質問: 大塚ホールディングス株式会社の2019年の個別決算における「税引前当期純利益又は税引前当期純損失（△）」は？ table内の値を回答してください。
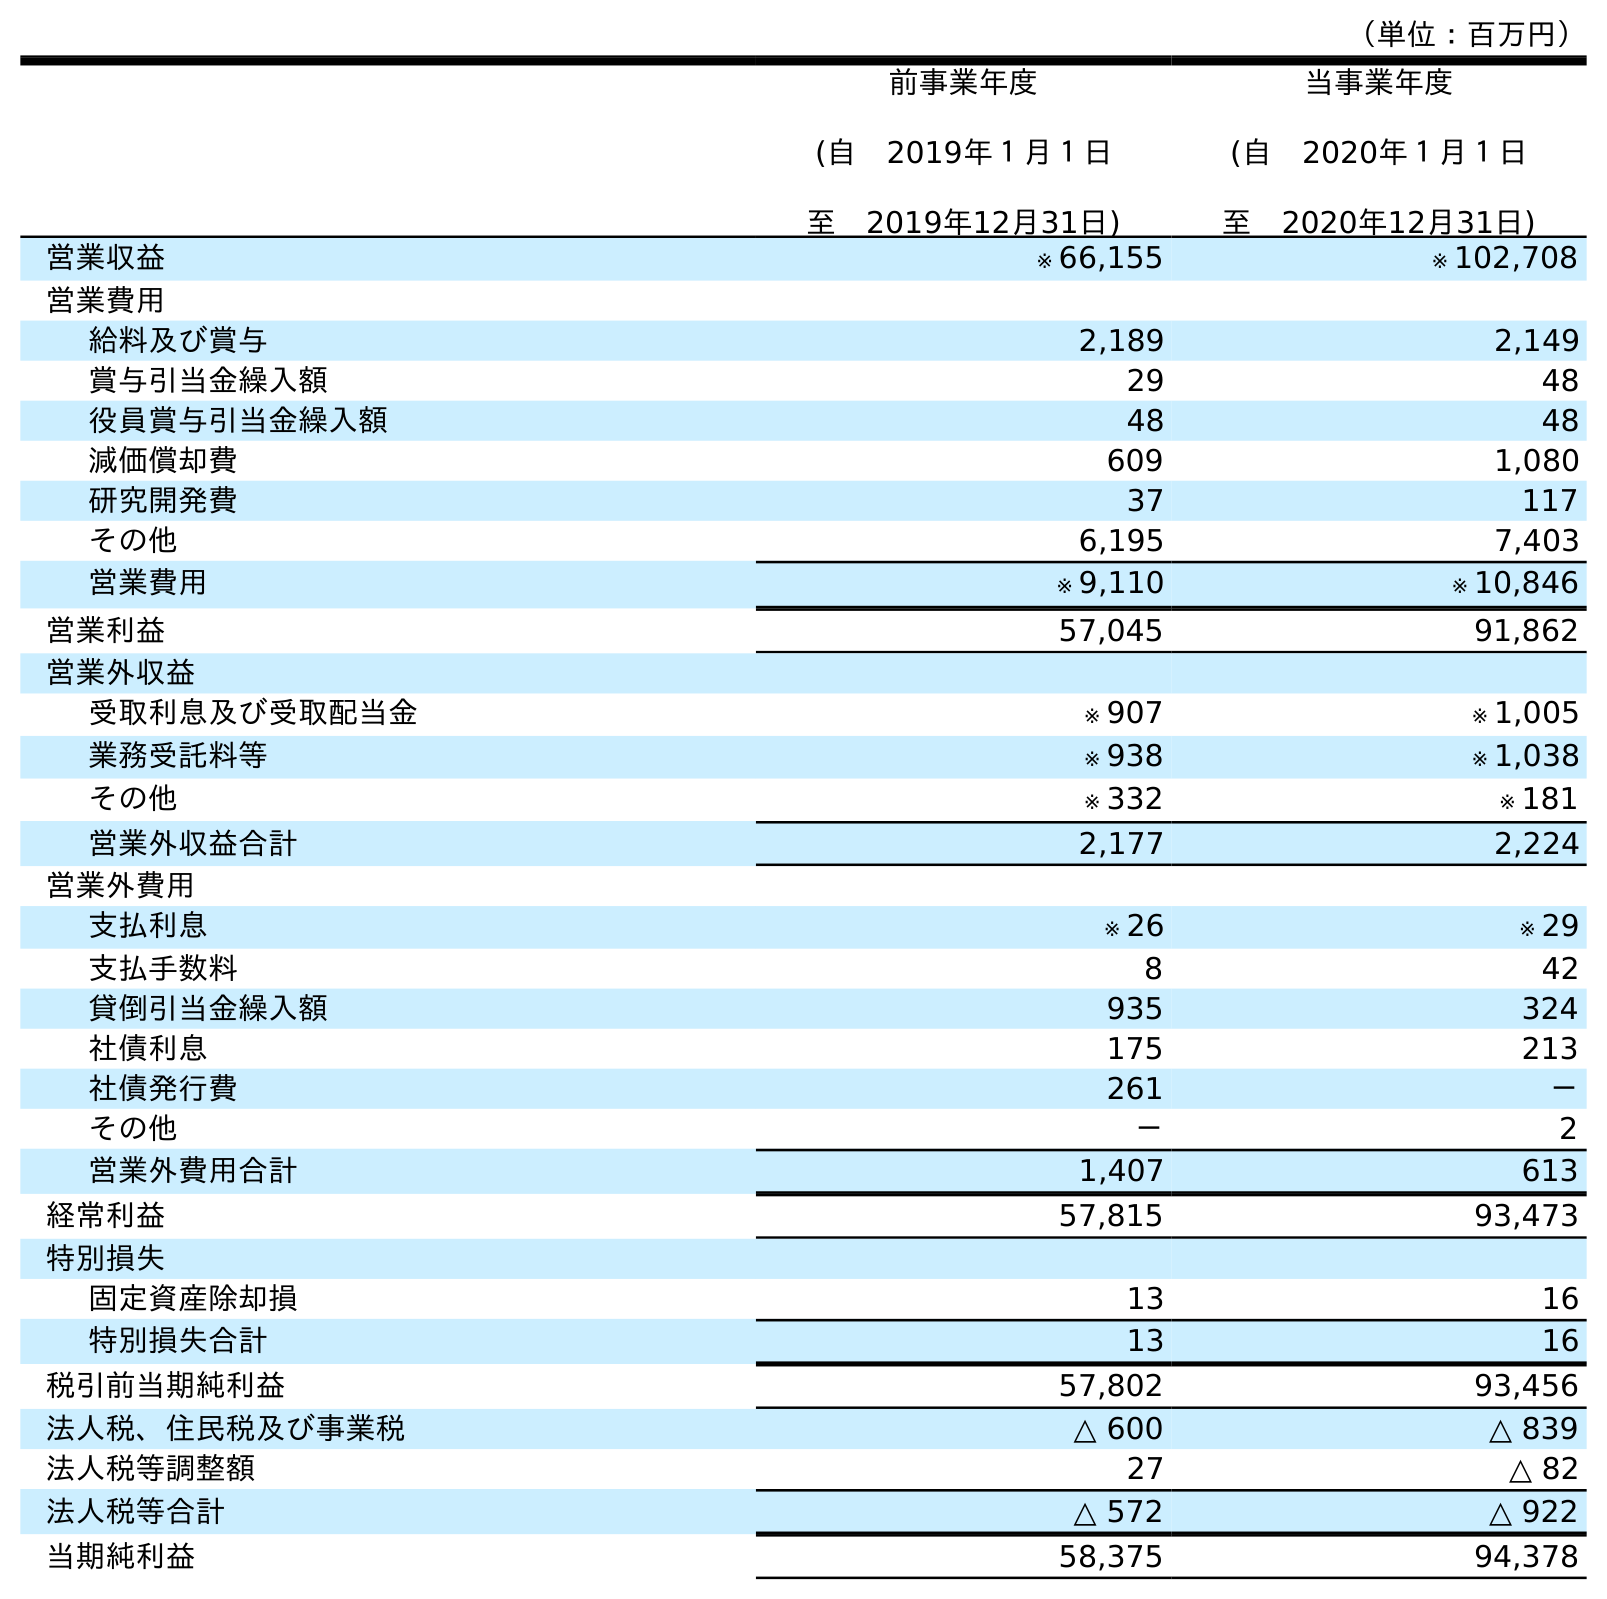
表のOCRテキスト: （単位：百万円） 前事業年度 (自 2019年１月１日 至 2019年12月31日) 当事業年度 (自 2020年１月１日 至 2020年12月31日) 営業収益 ※ 66,155 ※ 102,708 営業費用 給料及び賞与 2,189 2,149 賞与引当金繰入額 29 48 役員賞与引当金繰入額 48 48 減価償却費 609 1,080 研究開発費 37 117 その他 6,195 7,403 営業費用 ※ 9,110 ※ 10,846 営業利益 57,045 91,862 営業外収益 受取利息及び受取配当金 ※ 907 ※ 1,005 業務受託料等 ※ 938 ※ 1,038 その他 ※ 332 ※ 181 営業外収益合計 2,177 2,224 営業外費用 支払利息 ※ 26 ※ 29 支払手数料 8 42 貸倒引当金繰入額 935 324 社債利息 175 213 社債発行費 261 － その他 － 2 営業外費用合計 1,407 613 経常利益 57,815 93,473 特別損失 固定資産除却損 13 16 特別損失合計 13 16 税引前当期純利益 57,802 93,456 法人税、住民税及び事業税 △ 600 △ 839 法人税等調整額 27 △ 82 法人税等合計 △ 572 △ 922 当期純利益 58,375 94,378
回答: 57,802